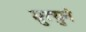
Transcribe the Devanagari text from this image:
म्रुत्युने